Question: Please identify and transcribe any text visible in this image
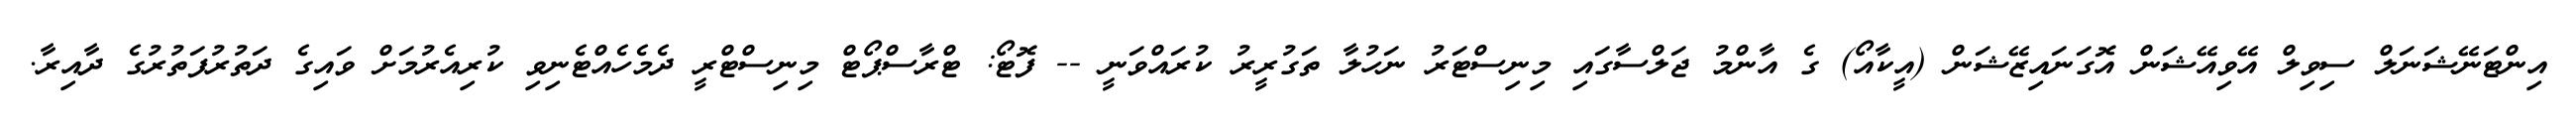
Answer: އިންޓަނޭޝަނަލް ސިވިލް އޭވިއޭޝަން އޮގަނައިޒޭޝަން (އީކާއޯ) ގެ އާންމު ޖަލްސާގައި މިނިސްޓަރު ނަހުލާ ތަގުރީރު ކުރައްވަނީ -- ފޮޓޯ: ޓްރާސްޕޯޓް މިނިސްޓްރީ ދެމެހެއްޓެނިވި ކުރިއެރުމަށް ވައިގެ ދަތުރުފަތުރުގެ ދާއިރާ.